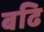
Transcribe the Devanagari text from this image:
बढि